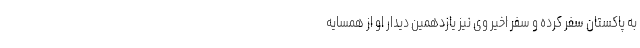
به پاکستان سفر کرده و سفر اخیر وی نیز یازدهمین دیدار او از همسایه